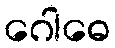
ဂေါဓေ